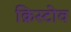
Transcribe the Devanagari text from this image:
क्रिस्टोव